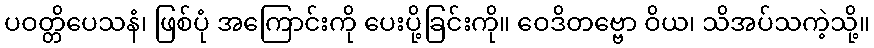
ပဝတ္တိပေသနံ၊ ဖြစ်ပုံ အကြောင်းကို ပေးပို့ခြင်းကို။ ဝေဒိတဗ္ဗော ဝိယ၊ သိအပ်သကဲ့သို့။